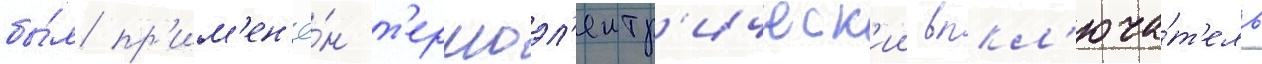
бы́л пр'им'ен'ё́н т'ермоэл'ектр'ическ'ии выкл'юча́т'ель